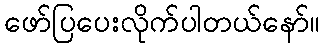
ဖော်ပြပေးလိုက်ပါတယ်နော်။